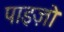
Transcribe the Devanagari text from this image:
पाइज़ो